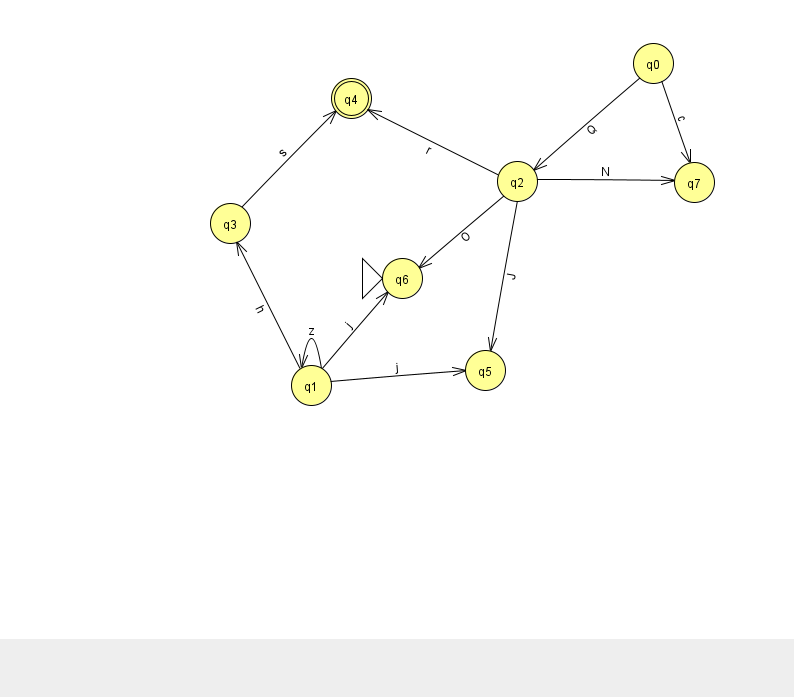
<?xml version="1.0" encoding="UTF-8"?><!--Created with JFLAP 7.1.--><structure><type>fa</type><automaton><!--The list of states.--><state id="0" name="q0"><x>653.0</x><y>50.0</y></state><state id="1" name="q1"><x>311.0</x><y>372.0</y></state><state id="2" name="q2"><x>517.0</x><y>168.0</y></state><state id="3" name="q3"><x>230.0</x><y>210.0</y></state><state id="4" name="q4"><x>351.0</x><y>85.0</y><final/></state><state id="5" name="q5"><x>485.0</x><y>357.0</y></state><state id="6" name="q6"><x>402.0</x><y>265.0</y><initial/></state><state id="7" name="q7"><x>694.0</x><y>169.0</y></state><!--The list of transitions.--><transition><from>1</from><to>5</to><read>j</read></transition><transition><from>2</from><to>4</to><read>r</read></transition><transition><from>2</from><to>7</to><read>N</read></transition><transition><from>0</from><to>2</to><read>Q</read></transition><transition><from>1</from><to>3</to><read>h</read></transition><transition><from>2</from><to>5</to><read>J</read></transition><transition><from>1</from><to>6</to><read>j</read></transition><transition><from>2</from><to>6</to><read>O</read></transition><transition><from>3</from><to>4</to><read>s</read></transition><transition><from>1</from><to>1</to><read>z</read></transition><transition><from>0</from><to>7</to><read>c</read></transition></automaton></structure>